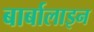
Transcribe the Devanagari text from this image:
बार्बालाइन